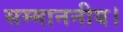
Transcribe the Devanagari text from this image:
सम्माननीय।